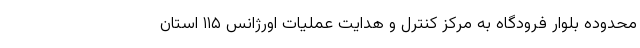
محدوده بلوار فرودگاه به مرکز کنترل و هدایت عملیات اورژانس ۱۱۵ استان